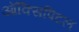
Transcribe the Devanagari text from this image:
ऑक्सिपिटल